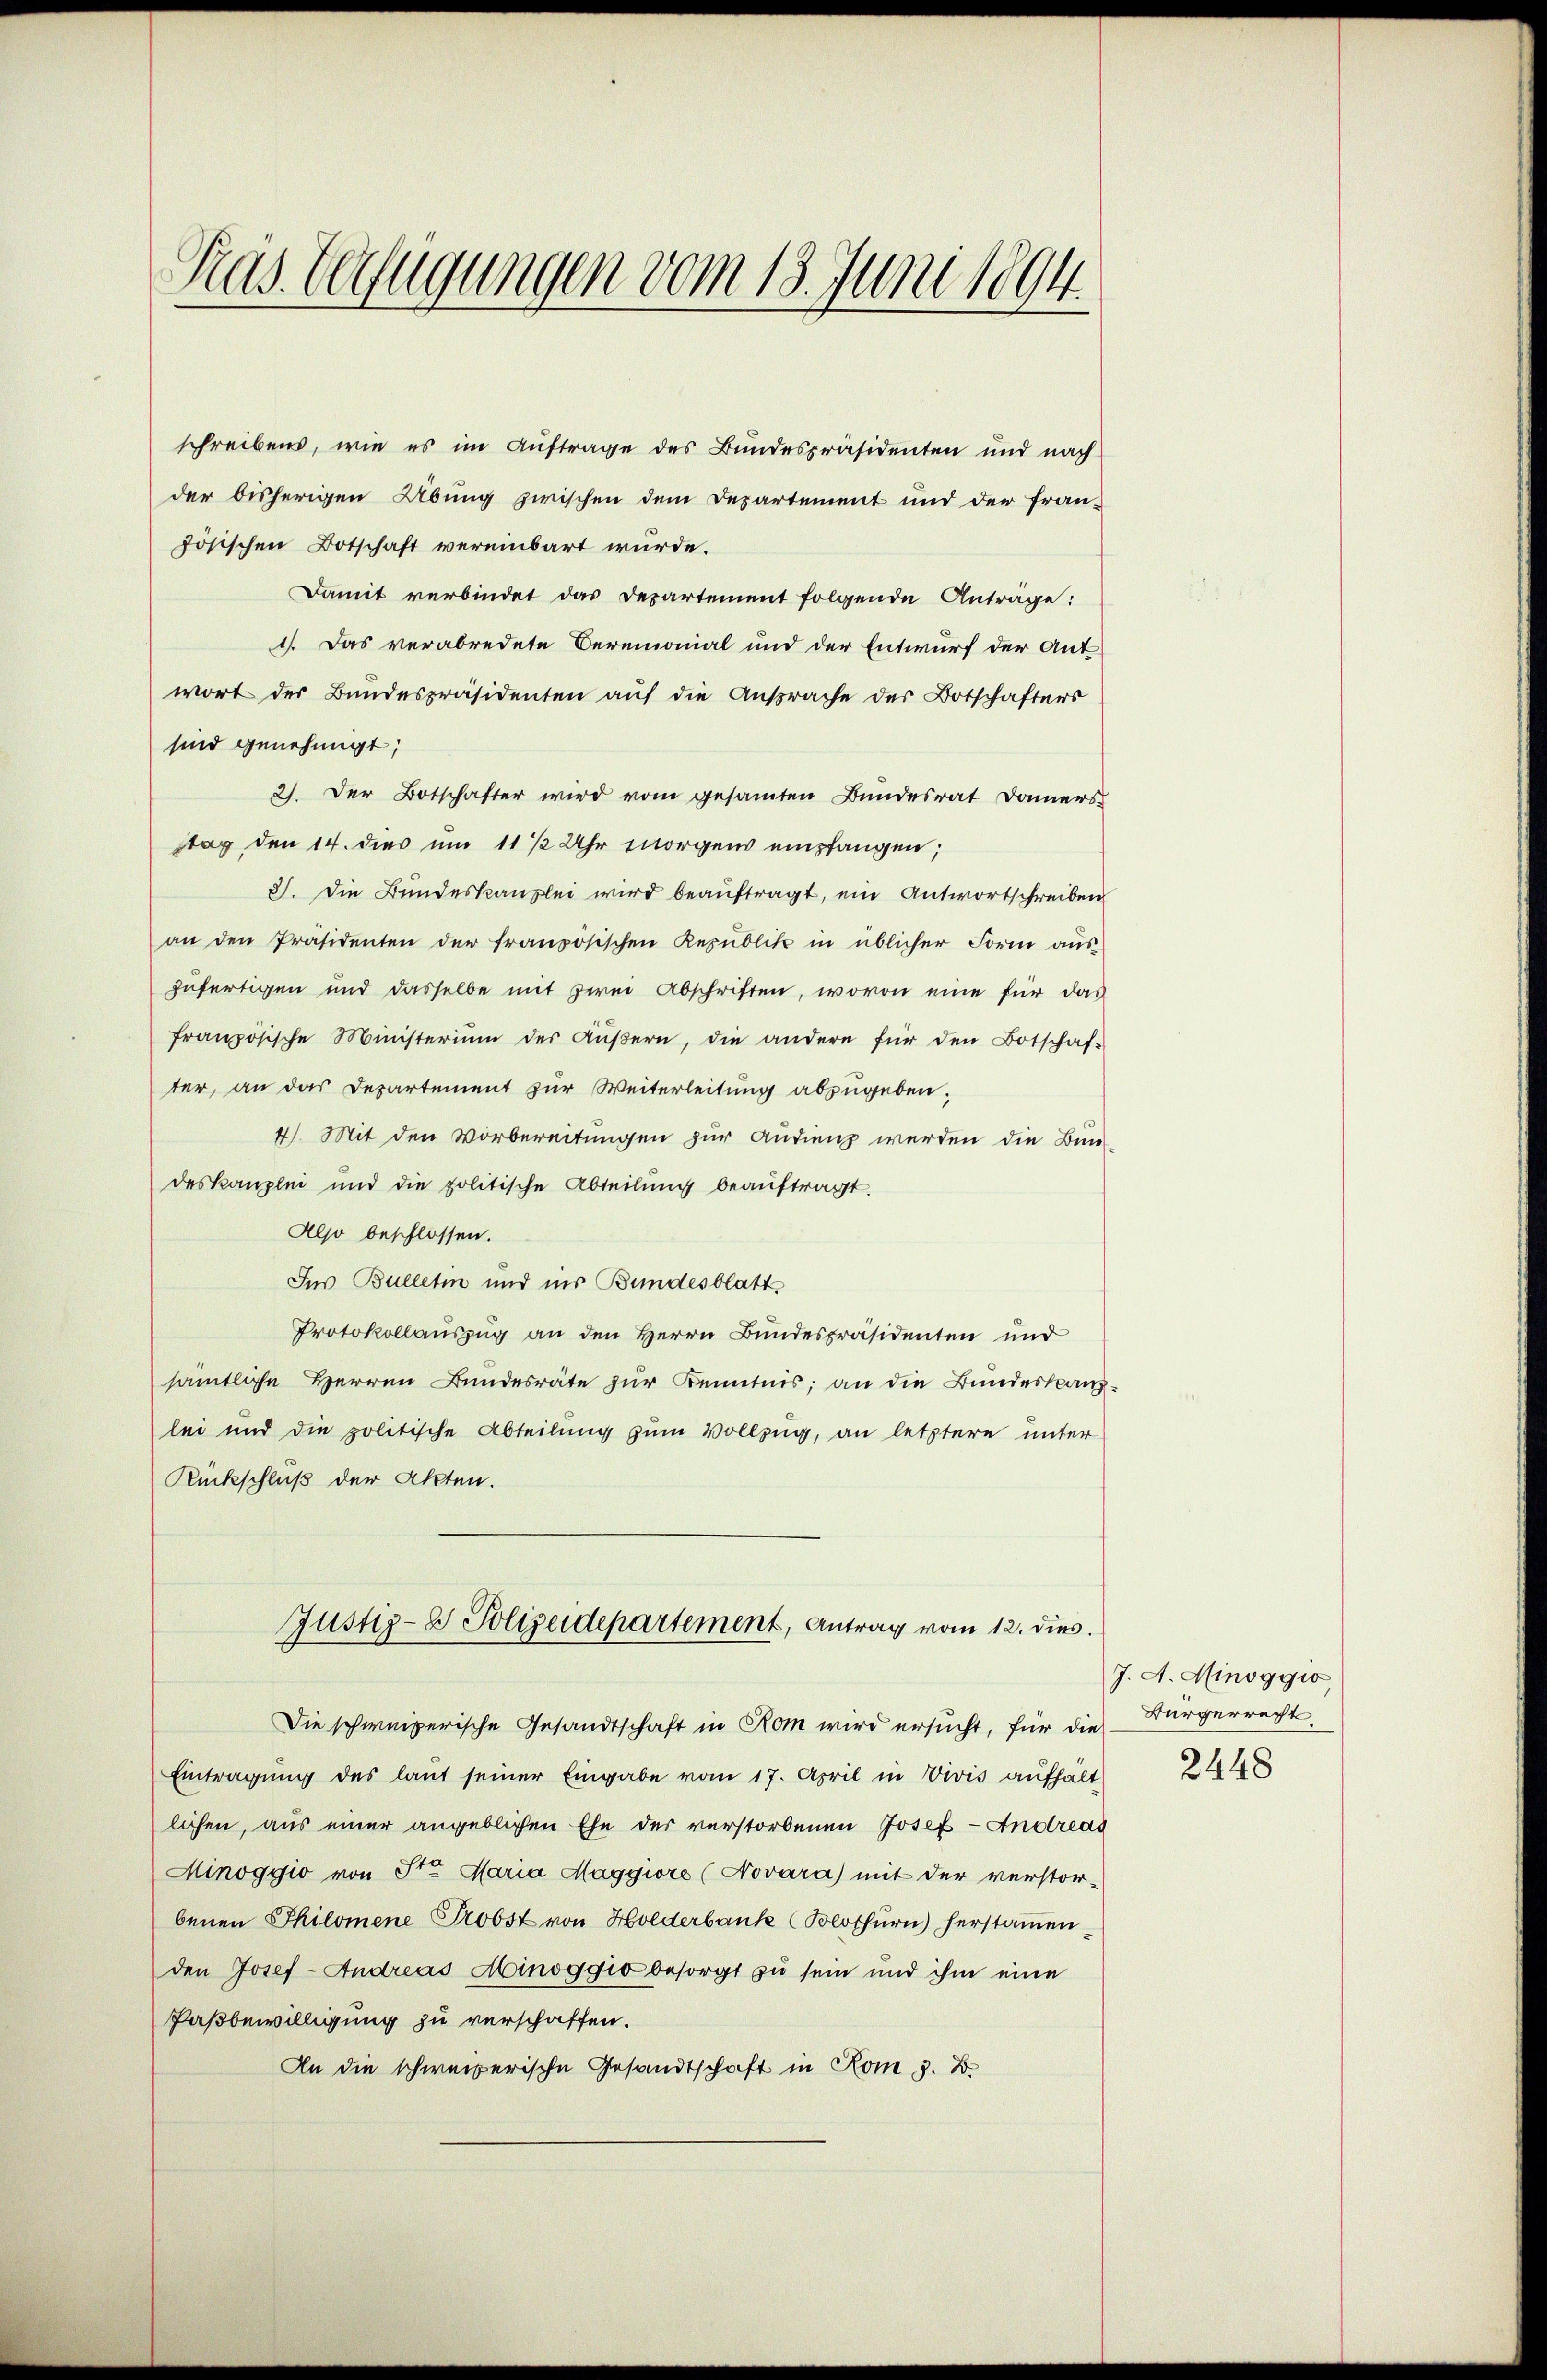
Präs. Verfügungen vom 13. Juni 1894.

schreibens, wie es im Auftrage des Bundespräsidenten und nach
der bisherigen Übung zwischen dem Departement und der fran-
zösischen Botschaft vereinbart wurde.
Damit verbindet das Departement folgende Anträge:
1). Das verabredete Ceremonial und der Entwurf der Ant
wort der Bundespräsidenten auf die Ansprache der Botschafters
sind genehmigt;
2). Der Botschafter wird vom gesamten Bundesrat Donners
stag den 14. dies um 11 ½ Uhr morgens empfangen;
8). Die Bundeskanzlei wird beaŭftragt, ein Antwortschreiben
an den Präsidenten der französischen Republik in üblicher Form aŭs
zufertigen und dasselbe mit zwei Abschriften, wovon eine für das
französische Ministerium der Aŭβern, die andere für den Botschaf-
ter, an das Departement zur Weiterleitung abzugeben.
4) Mit den Vorbereitungen zur Audienz werden die Bun-
deskanzlei und die politische Abteilŭng beaŭftragt.
Also beschlossen.
Für Bulletin und ins Bundesblatt
Protokollauszug an den Herrn Bundespräsidenten und
sämtliche Herren Bundesräte zur Kenntnis; an die Bundeskanz
lei und die politische Abteilung zum Vollzug, an letztere unter
Rückschluß der Akten.
Justiz- & Polizeidepartement, Antrag vom 12. dies
Die schweizerische Gesandtschaft in Rom wird ersucht, für die Bürgerrecht
Eintragung des laut seiner Eingabe vom 17. April in Vivis aufhält-
lichen, aus einer angeblichen Ehe der verstorbenen Josef - Andreas
Minoggio von St. Maria Maggiore (Novara) mit der verstor-
benen Philomene Probst von Holderbank (Blothurn) herstamen
den Josef- Andreas Minoggio besorgt zu sein und ihm eine
Paßbewilligung zu verschaffen.
An die schweizerische Gesandtschaft in Rom z. B.

J. A. Minoggio,
2448